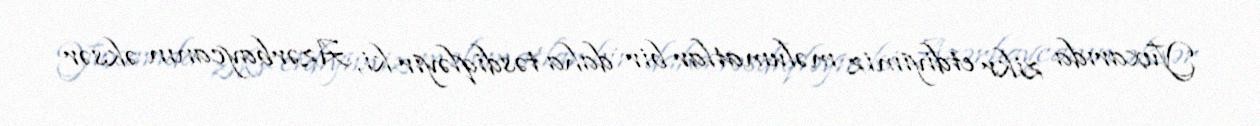
Yuxarıda zikr etdiyimiz məlumatlar bir daha təsdiqləyir ki, Azərbaycanın əksər